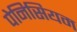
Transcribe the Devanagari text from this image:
पेनिसियम